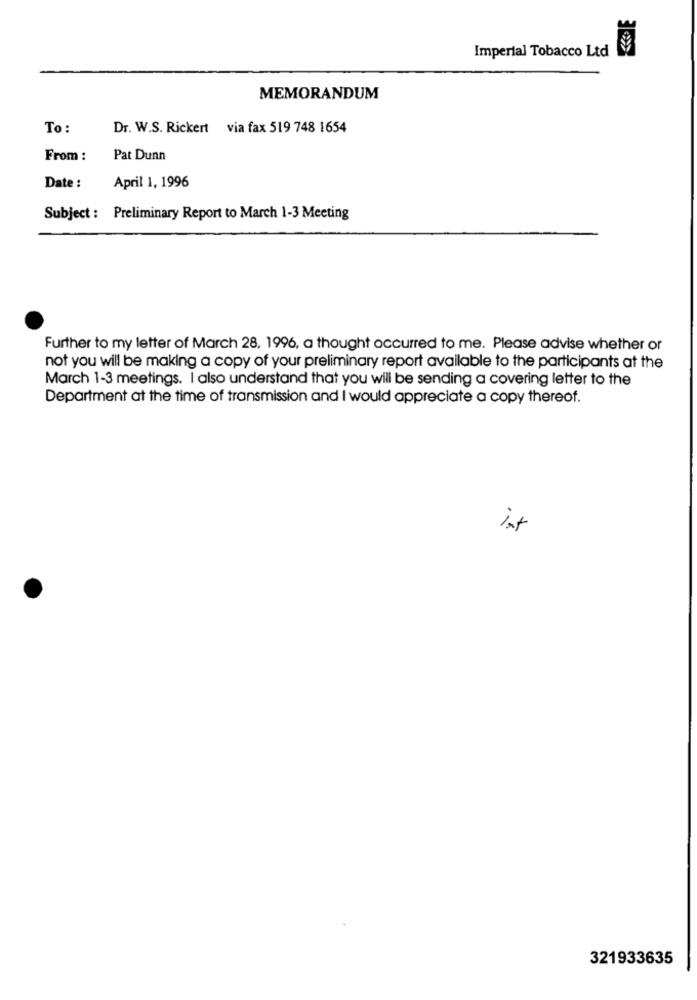
Imperial Tobacco Ltd
MEMORANDUM
To:
Dr. W.S. Rickert via fax 519 748 1654
From :
Pat Dunn
Date :
April 1, 1996
Subject : Preliminary Report to March 1-3 Meeting
Further to my letter of March 28, 1996, a thought occurred to me. Please advise whether or
not you will be making a copy of your preliminary report available to the participants at the
March 1-3 meetings. I also understand that you will be sending a covering letter to the
Department at the time of transmission and I would appreciate a copy thereof.
int
321933635